65_HS1-834228961_62-HQ-83894_Section_1
Agency: FBI
Page 157
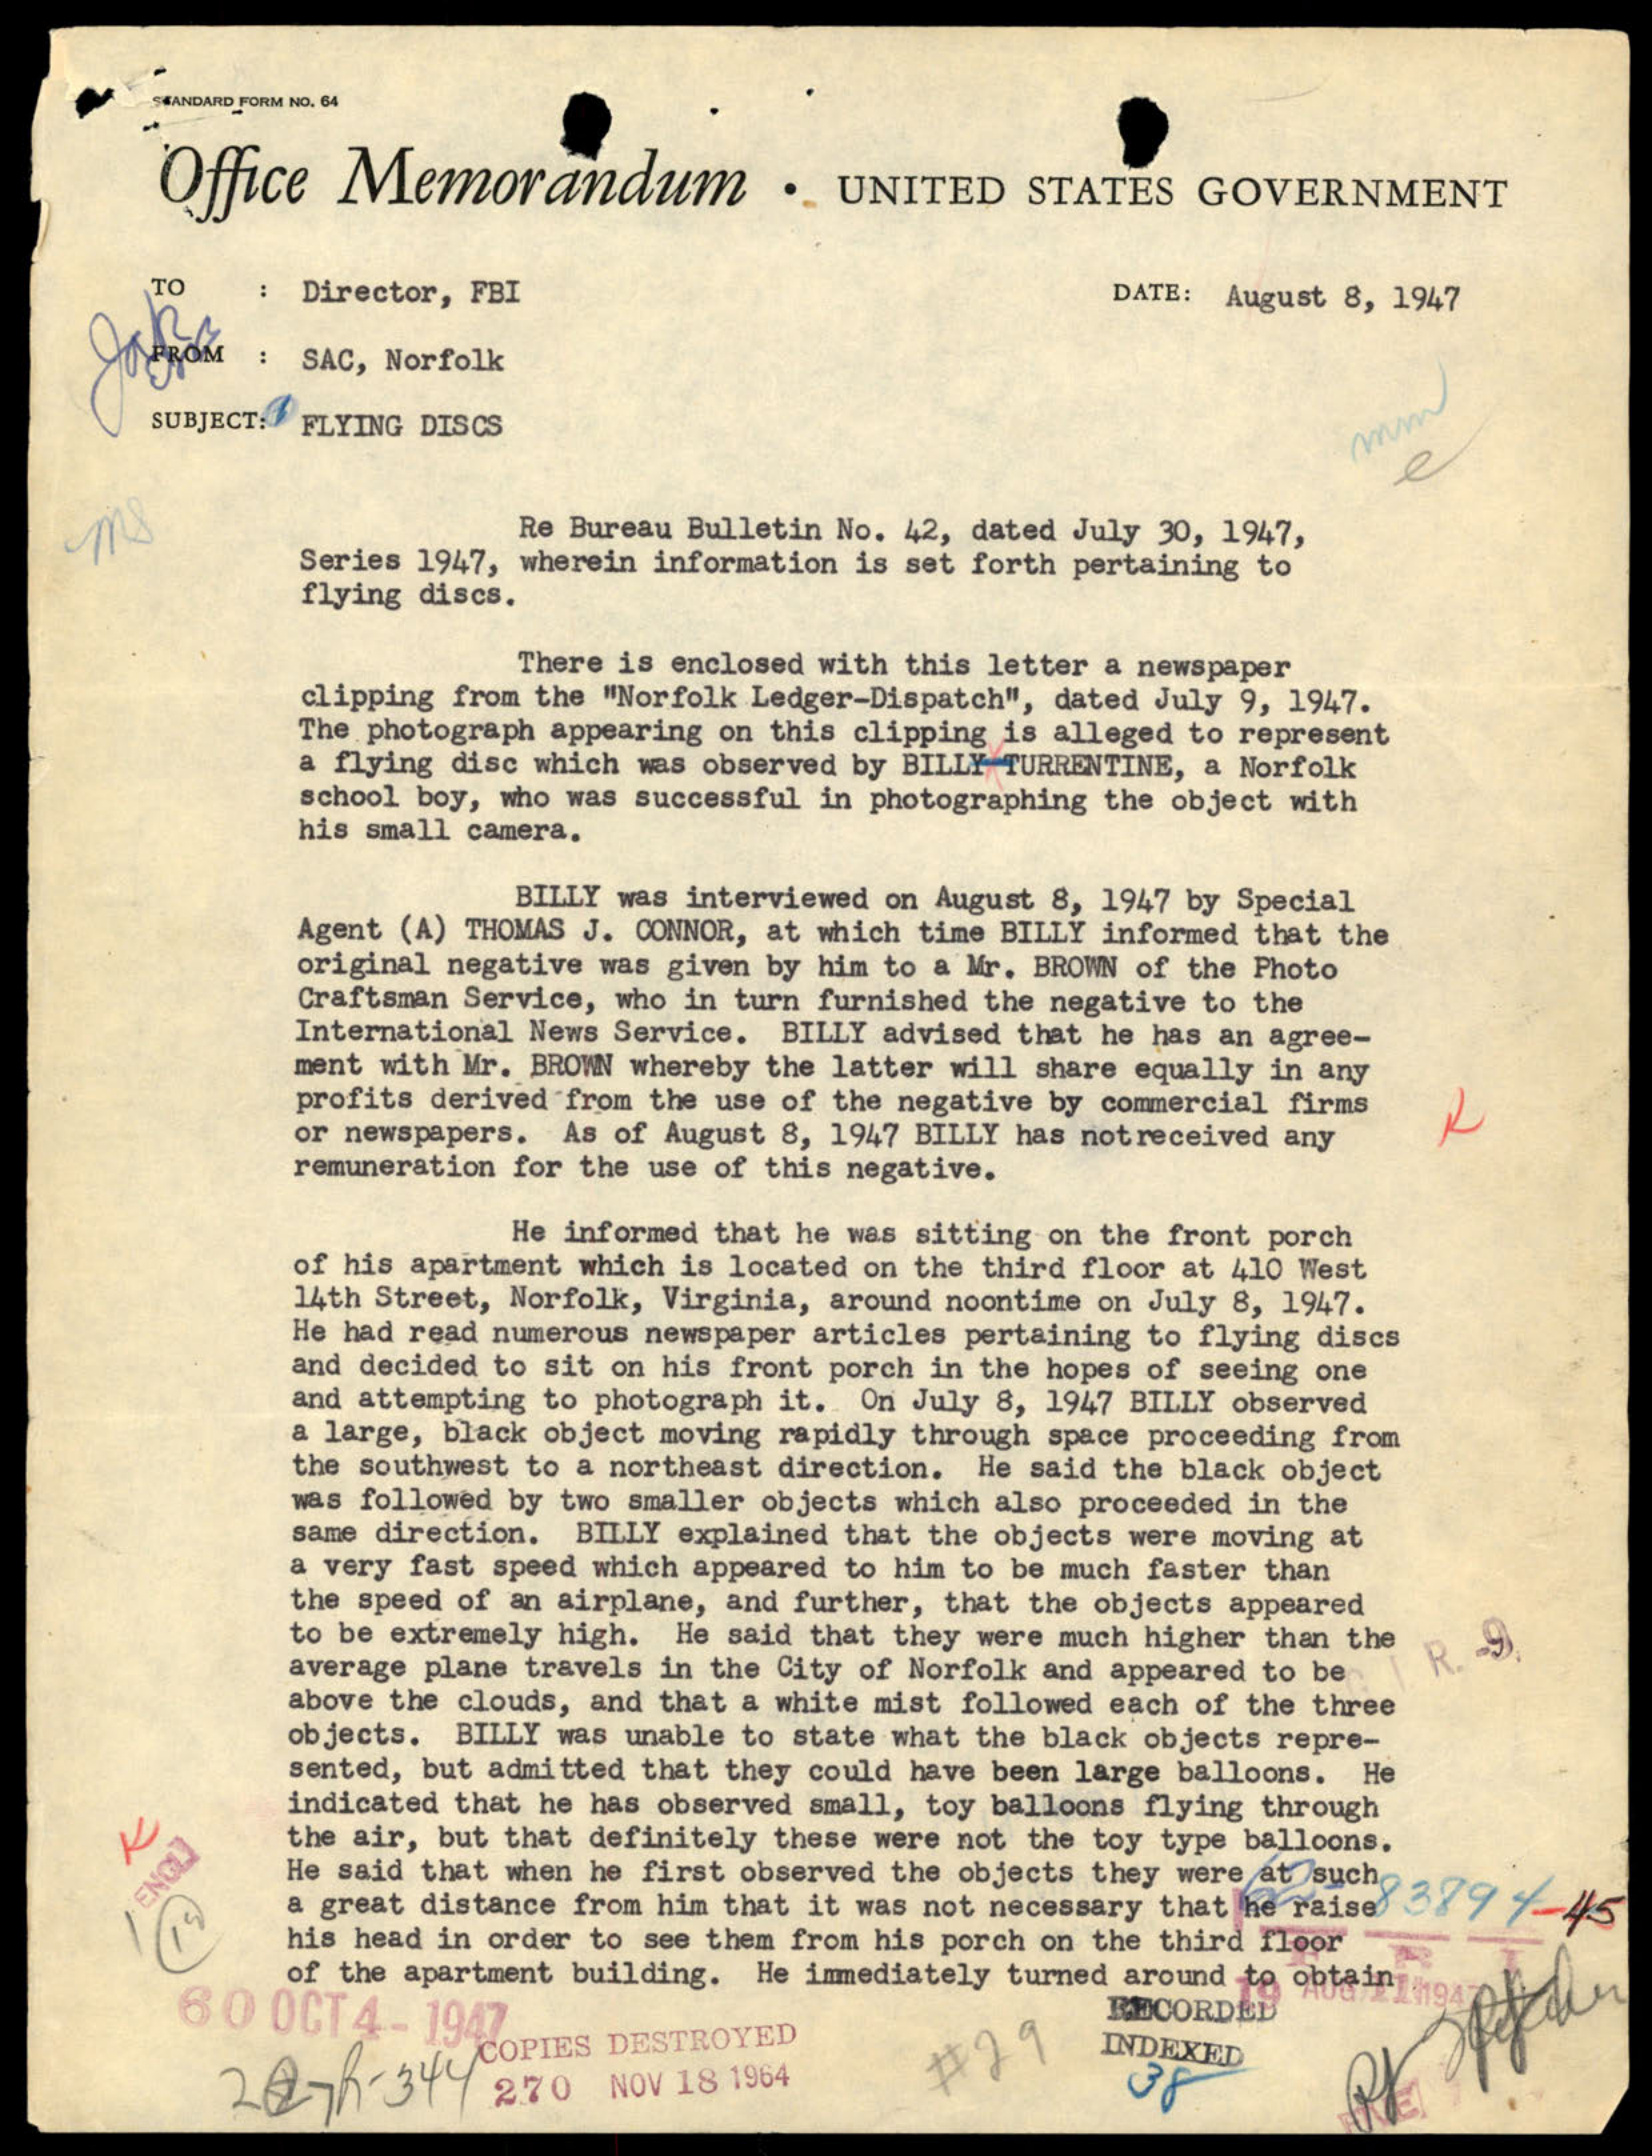